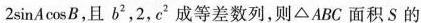
2sinAcosB，且b2，2，c2成等差数列，则△ABC面积S的